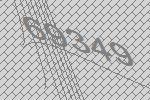
69349